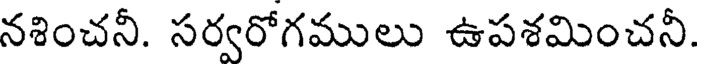
నశించనీ. సర్వరోగములు ఉపశమించనీ.